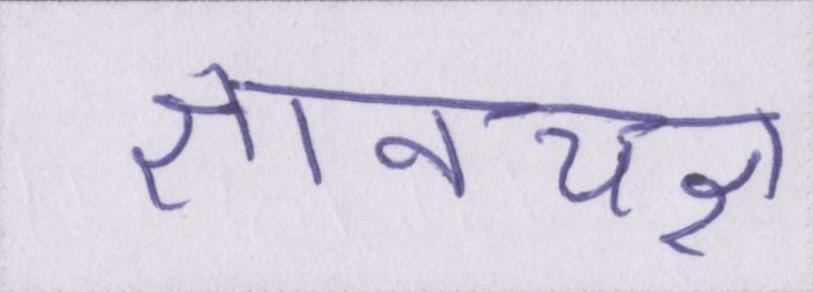
ज्ञानयज्ञ